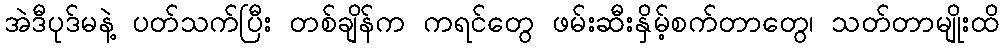
အဲဒီပုဒ်မနဲ့ ပတ်သက်ပြီး တစ်ချိန်က ကရင်တွေ ဖမ်းဆီးနှိမ့်စက်တာတွေ၊ သတ်တာမျိုးထိ